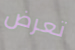
تعرض